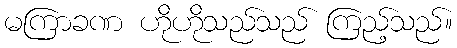
မကြာခဏ ဟိုဟိုသည်သည် ကြည့်သည်။